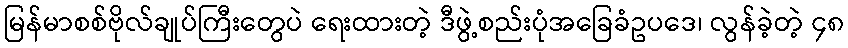
မြန်မာစစ်ဗိုလ်ချုပ်ကြီးတွေပဲ ရေးထားတဲ့ ဒီဖွဲ့စည်းပုံအခြေခံဥပဒေ၊ လွန်ခဲ့တဲ့ ၄၈